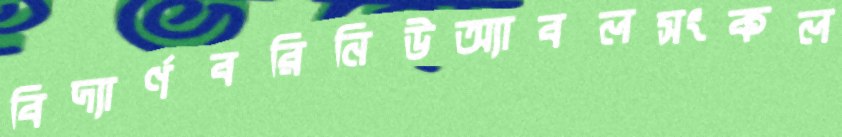
বিদ্যার্ণবরিনিউঅ্যাবলসংকল